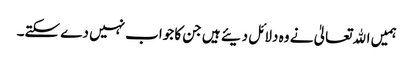
ہمیں اﷲتعالیٰ نے وہ دلائل دیئے ہیں جن کا جواب نہیں دے سکتے۔